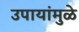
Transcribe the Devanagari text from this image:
उपायांमुळे